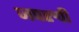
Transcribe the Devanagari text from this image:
जपरुपी